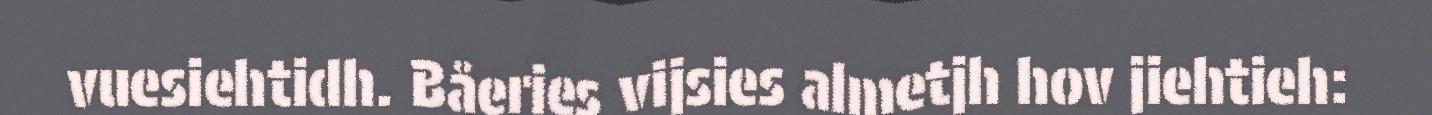
vuesiehtidh. Båeries vijsies almetjh hov jiehtieh: